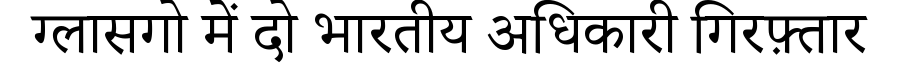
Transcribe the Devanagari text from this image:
ग्लासगो में दो भारतीय अधिकारी गिरफ़्तार